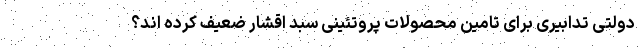
دولتی تدابیری برای تامین محصولات پروتئینی سبد اقشار ضعیف کرده اند؟